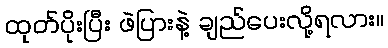
ထုတ်ပိုးပြီး ဖဲပြားနဲ့ ချည်ပေးလို့ရလား။